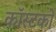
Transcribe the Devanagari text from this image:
कॉस्टको